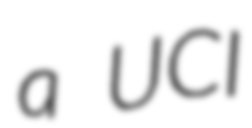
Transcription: a UCI